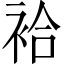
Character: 袷